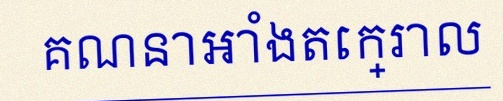
គណនាអាំងតេក្រាល